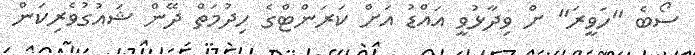
ސޯބެ "ހަވީރަ" ށް ވިދާޅުވީ އައްޑު އަށް ކަރަންޓްގެ ހިދުމަތް ދޭން ޝައުގުވެރިކަން